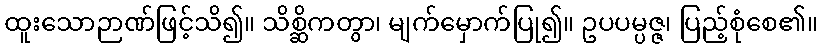
ထူးသောဉာဏ်ဖြင့်သိ၍။ သိစ္ဆိကတွာ၊ မျက်မှောက်ပြု၍။ ဥပပမ္ပဇ္ဇ၊ ပြည့်စုံစေ၏။